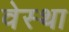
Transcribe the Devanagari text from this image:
वेस्था